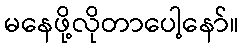
မနေဖို့လိုတာပေါ့နော်။